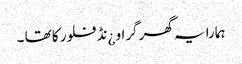
ہمارا یہ گھر گراو ¿نڈ فلور کا تھا ۔